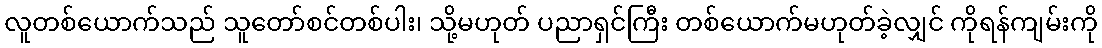
လူတစ်ယောက်သည် သူတော်စင်တစ်ပါး၊ သို့မဟုတ် ပညာရှင်ကြီး တစ်ယောက်မဟုတ်ခဲ့လျှင် ကိုရန်ကျမ်းကို